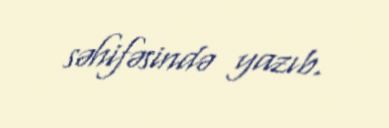
səhifəsində yazıb.